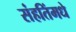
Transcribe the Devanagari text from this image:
संहतिंमधे